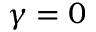
\gamma = 0